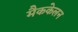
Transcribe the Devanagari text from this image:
मैककेलन